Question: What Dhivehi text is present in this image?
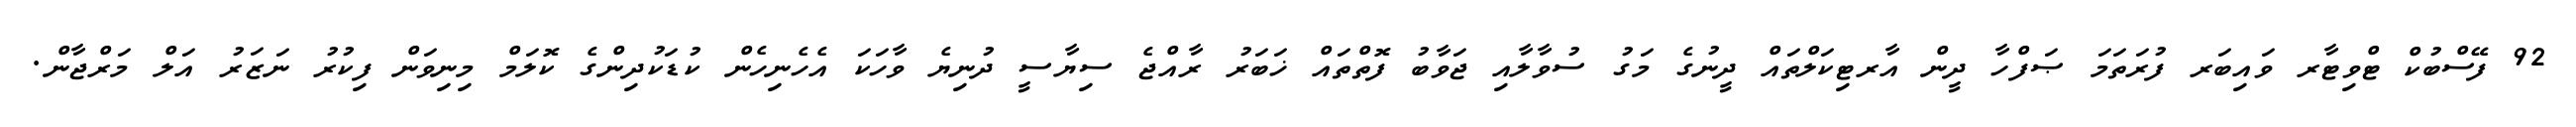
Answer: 92 ފޭސްބުކް ޓްވިޓާރ ވައިބަރ ފުރަތަމަ ޞަފްހާ ދީން އާރޓިކަލްތައް ދީނުގެ މަގު ސުވާލާއި ޖަވާބު ފޮތްތައް ޚަބަރު ރާއްޖެ ސިޔާސީ ދުނިޔެ ވާހަކަ އެހެނިހެން ކުޑަކުދިންގެ ކޮލަމް މިނިވަން ފިކުރު ނަޒަރު އަލް މަރްޖާން.